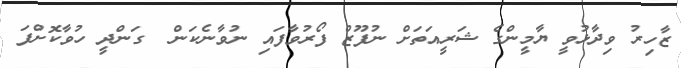
ޒާހިރު ވިދާޅުވީ ޔާމީންގެ ޝަރީއަތަށް ނުފޫޒް ފޯރުވާފައި ނުވާނެކަން  ގަންދީ ހުވާކޮށްފަ